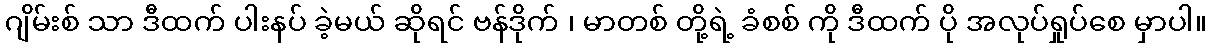
ဂျိမ်းစ် သာ ဒီထက် ပါးနပ် ခဲ့မယ် ဆိုရင် ဗန်ဒိုက် ၊ မာတစ် တို့ရဲ့ ခံစစ် ကို ဒီထက် ပို အလုပ်ရှုပ်စေ မှာပါ။